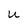
Character: U